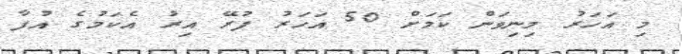
މި އަހަރު މިނިވަން ކަމަށް 50 އަހަރު ފުރޭ އިރު އެކަމުގެ އުފާ